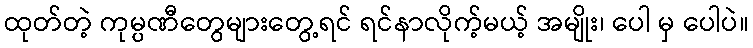
ထုတ်တဲ့ ကုမ္ပဏီတွေများတွေ့ရင် ရင်နာလိုက့်မယ့် အမျိုး၊ ပေါ မှ ပေါပဲ။